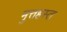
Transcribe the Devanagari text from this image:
मुत्तहस्त